Annual administration and progress report of the Indian Medical Department, Bombay
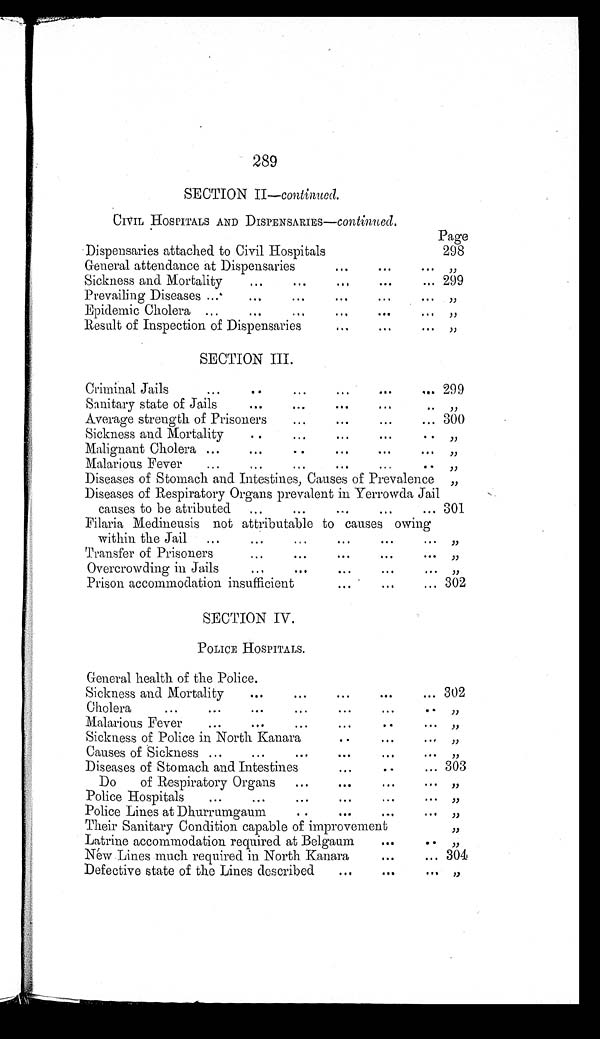
289
SECTION II— continued.
CIVIL HOSPITALS AND DIPSENSARIES— continued.
Page
Dispensaries attached to Civil Hospitals
298
General attendance at Dispensaries . . .
"
Sickness and Mortality . . .
299
Prevailing Diseases . . .
"
Epidemic Cholera . . .
"
Result of Inspection of Dispensaries . . .
"
SECTION III.
Criminal Jails . . .
299
Sanitary state of Jails . . .
"
Average strength of Prisoners . . .
300
Sickness and Mortality . . .
"
Malignant Cholera . . .
"
Malarious Fever . . .
"
Diseases of Stomach and Intestines, Causes of Prevalence
"
Diseases of Respiratory Organs prevalent in Yerrowda Jail
causes to be atributed . . . 301
Filaria Medineusis not attributable to causes owing
within the Jail . . .
"
Transfer of Prisoners . . .
"
Overcrowding in Jails . . .
"
Prison accommodation insufficient . . .
302
SECTION IV.
POLICE HOSPITALS.
General health of the Police.
Sickness and Mortality . . .
302
Cholera . . .
"
Malarious Fever . . .
"
Sickness of Police in North Kanara . . .
"
Causes of Sickness . . .
"
Diseases of Stomach and Intestines . . .
303
Do of Respiratory Organs . . .
"
Police Hospitals . . .
"
Police Lines at Dhurrumgaum . . .
"
Their Sanitary Condition capable of improvement
"
Latrine accommodation required at Belgaum . . .
"
New Lines much required in North Kanara . . .
304
Defective state of the Lines described . . .
"